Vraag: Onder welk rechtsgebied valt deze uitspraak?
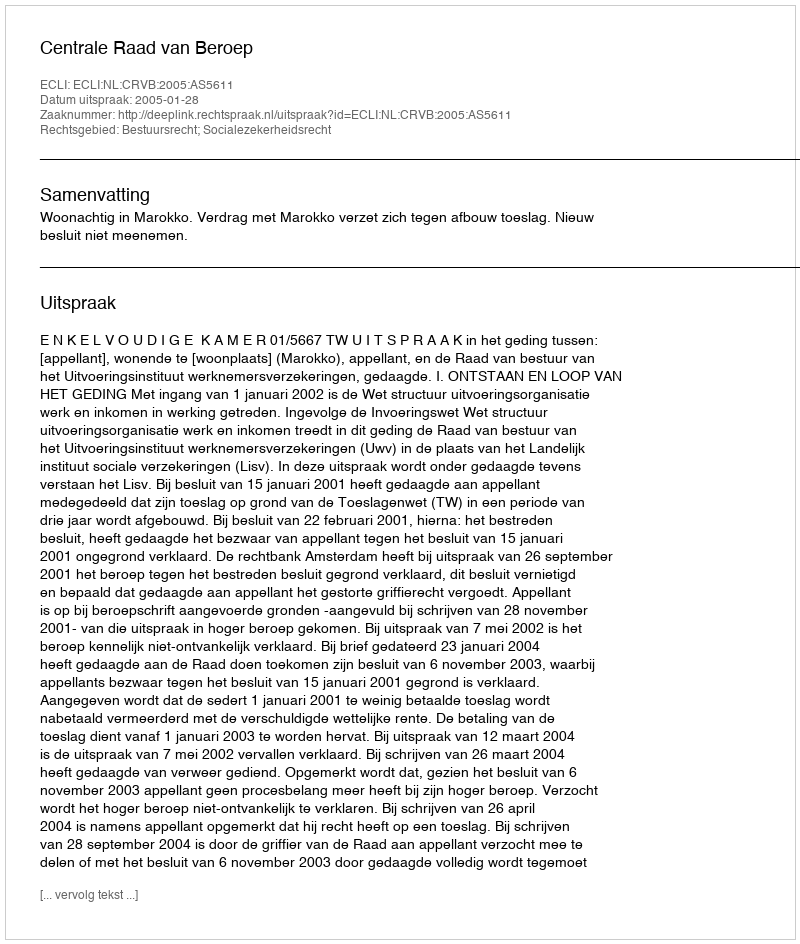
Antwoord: Bestuursrecht; Socialezekerheidsrecht